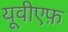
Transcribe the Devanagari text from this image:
यूवीएफ़